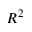
R ^ { 2 }